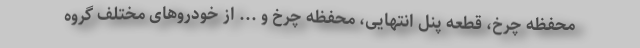
محفظه چرخ، قطعه پنل انتهایی، محفظه چرخ و ... از خودروهای مختلف گروه